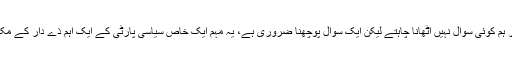
حضرت مولانا کے خلوص پر ہم کوئی سوال نہیں اُٹھانا چاہتے لیکن ایک سوال پوچھنا ضروری ہے، یہ مہم ایک خاص سیاسی پارٹی کے ایک اہم ذے دار کے مکان سے کیوں شروع کی گئی؟